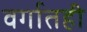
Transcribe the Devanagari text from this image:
वर्गातही